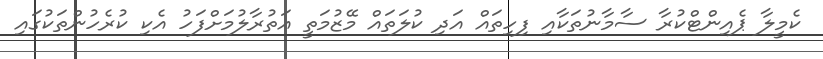
ކެމީލާ ޕެއިންޓްކުރާ ސާމާނުތަކާއި ފިހިތައް އަދި ކުލަތައް މޭޒުމަތީ އަތުރާލުމަށްފަހު އެކި ކުރެހުންތަކުގައި